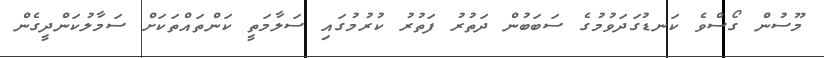
މޫސުން ގޯސްވެ ކަނޑުގަދަވުމުގެ ސަބަބުން ދަތުރު ފަތުރު ކުރުމުގައި ސަލާމަތީ ކަންތައްތަކަށް ސަމާލުކަންދީގެން